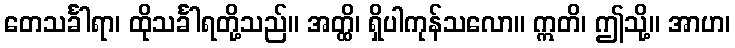
တေသင်္ခါရာ၊ ထိုသင်္ခါရတို့သည်။ အတ္ထိ၊ ရှိပါကုန်သလော။ ဣတိ၊ ဤသို့။ အာဟ၊